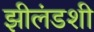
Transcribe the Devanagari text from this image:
झीलंडशी